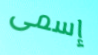
إسمى